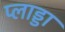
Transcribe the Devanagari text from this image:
प्लाड्डा